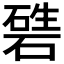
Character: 𥔴